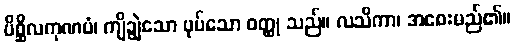
ပိစ္ဆိလကုဏပံ၊ ကျိချွဲသော ပုပ်သော ဝတ္ထု သည်။ လသိကာ၊ အစေးမည်၏။